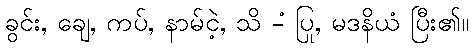
ခွင်း, ချေ, ကပ်, နာမ်ငဲ့, သိ -ံ ပြု, မဒနိယံ ပြီး၏။